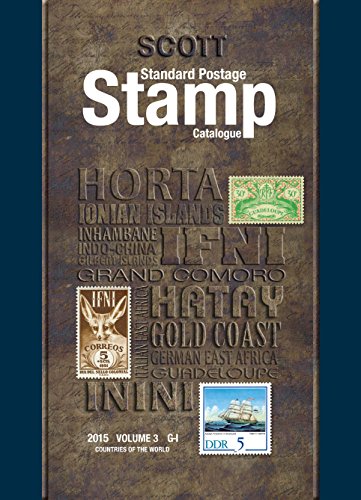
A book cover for Scott Standard Postage Stamp Catalogue, Volume 3: Countries of the World: G-I (Scott Standard Postage Stamp Catalogue: Vol.3: Countries of the World G-I); Charles Snee; Crafts, Hobbies & Home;